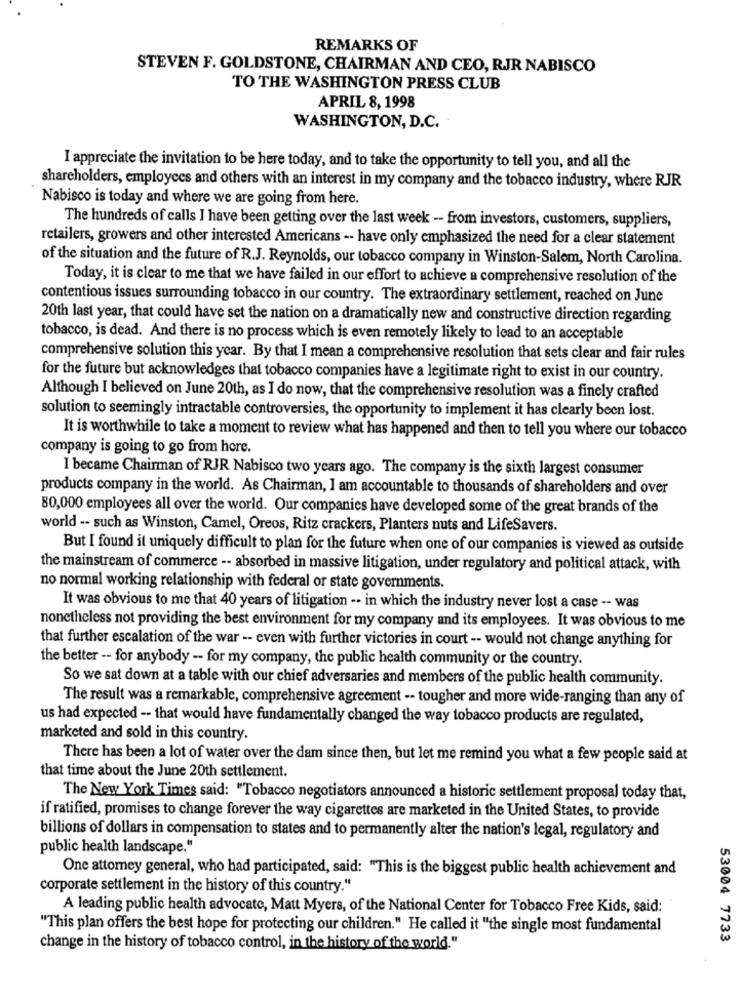
REMARKS OF
STEVEN F. GOLDSTONE, CHAIRMAN AND CEO, RJR NABISCO
TO THE WASHINGTON PRESS CLUB
APRIL 8, 1998
WASHINGTON, D.C.
I appreciate the invitation to be here today, and to take the opportunity to tell you, and all the
shareholders, employees and others with an interest in my company and the tobacco industry, where RJR
Nabisco is today and where we are going from here.
The hundreds of calls I have been getting over the last week -- from investors, customers, suppliers,
retailers, growers and other interested Americans -- have only emphasized the need for a clear statement
of the situation and the future of R.J. Reynolds, our tobacco company in Winston-Salem, North Carolina.
Today, it is clear to me that we have failed in our effort to achieve a comprehensive resolution of the
contentious issues surrounding tobacco in our country. The extraordinary settlement, reached on June
20th last year, that could have set the nation on a dramatically new and constructive direction regarding
tobacco, is dead. And there is no process which is even remotely likely to lead to an acceptable
comprehensive solution this year. By that I mean a comprehensive resolution that sets clear and fair rules
for the future but acknowledges that tobacco companies have a legitimate right to exist in our country.
Although I believed on June 20th, as I do now, that the comprehensive resolution was a finely crafted
solution to seemingly intractable controversies, the opportunity to implement it has clearly been lost.
It is worthwhile to take a moment to review what has happened and then to tell you where our tobacco
company is going to go from here.
I became Chairman of RIR Nabisco two years ago. The company is the sixth largest consumer
products company in the world. As Chairman, I am accountable to thousands of shareholders and over
80,000 employees all over the world. Our companies have developed some of the great brands of the
world -- such as Winston, Camel, Oreos, Ritz crackers, Planters nuts and LifeSavers.
But I found it uniquely difficult to plan for the future when one of our companies is viewed as outside
the mainstream of commerce -- absorbed in massive litigation, under regulatory and political attack, with
no normal working relationship with federal or state governments.
It was obvious to me that 40 years of litigation -- in which the industry never lost a case -- was
nonetheless not providing the best environment for my company and its employees. It was obvious to me
that further escalation of the war -- even with further victories in court -- would not change anything for
the better -- for anybody -- for my company, the public health community or the country.
So we sat down at a table with our chief adversaries and members of the public health community.
The result was a remarkable, comprehensive agreement -- tougher and more wide-ranging than any of
us had expected -- that would have fundamentally changed the way tobacco products are regulated,
marketed and sold in this country.
There has been a lot of water over the dam since then, but let me remind you what a few people said at
that time about the June 20th settlement.
The New York Times said: "Tobacco negotiators announced a historic settlement proposal today that,
if ratified, promises to change forever the way cigarettes are marketed in the United States, to provide
billions of dollars in compensation to states and to permanently alter the nation's legal, regulatory and
public health landscape."
One attorney general, who had participated, said: "This is the biggest public health achievement and
corporate settlement in the history of this country."
A leading public health advocate, Matt Myers, of the National Center for Tobacco Free Kids, said:
"This plan offers the best hope for protecting our children." He called it "the single most fundamental
53004 7733
change in the history of tobacco control, in the history of the world."